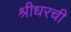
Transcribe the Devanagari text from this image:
श्रीधरची